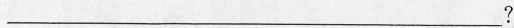
___?